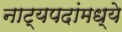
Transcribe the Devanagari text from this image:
नाट्यपदांमध्ये